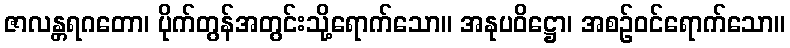
ဇာလန္တရဂတော၊ ပိုက်တွန်အတွင်းသို့ရောက်သော။ အနုပဝိဋ္ဌော၊ အစဉ်ဝင်ရောက်သော။